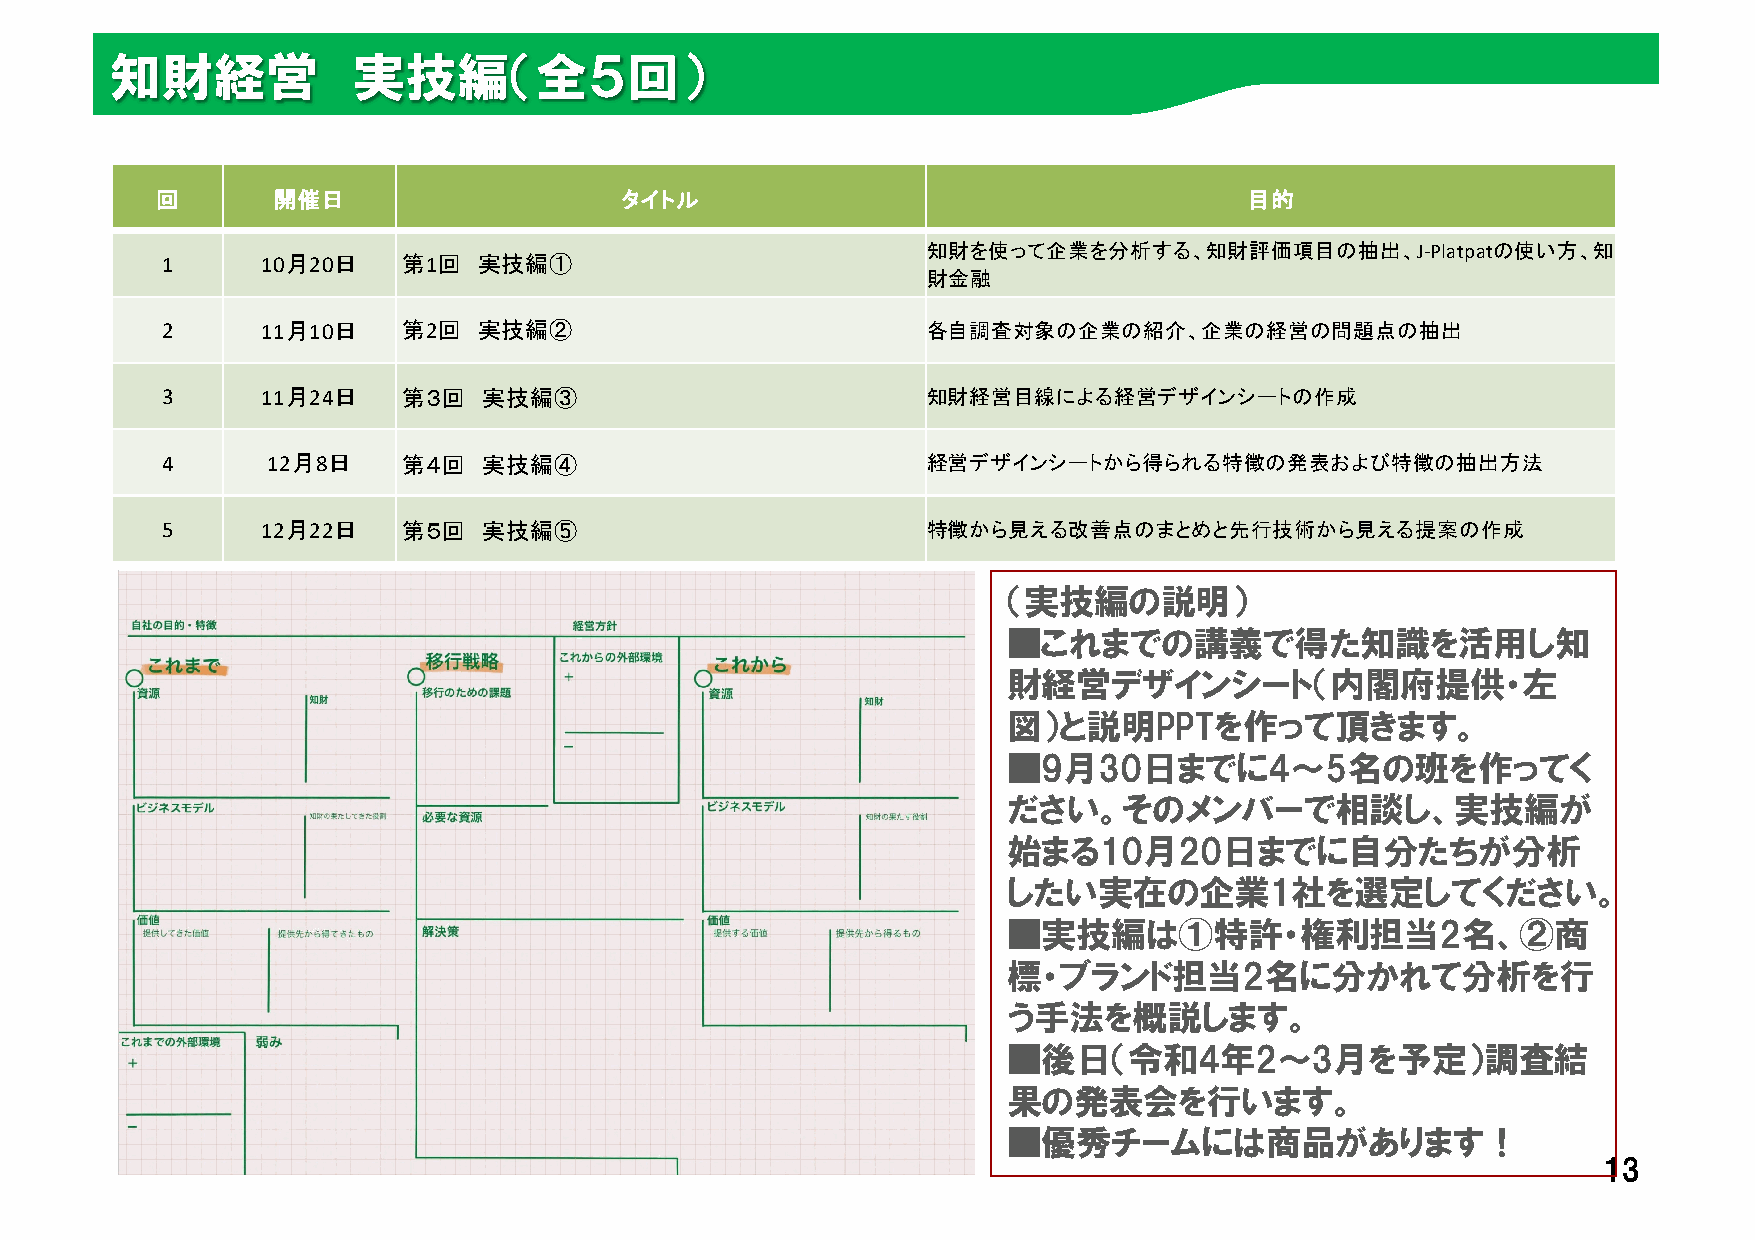
知財経営            実技編（全５回）
 回       開催日                    タイトル                                      目的
 知財を使って企業を分析する、知財評価項目の抽出、J-Platpatの使い方、知
 1     10月20日    第1回  実技編①
 財金融
 2     11月10日    第2回  実技編②                         各自調査対象の企業の紹介、企業の経営の問題点の抽出
 3     11月24日    第３回  実技編③                         知財経営目線による経営デザインシートの作成
 4      12月8日    第４回  実技編④                         経営デザインシートから得られる特徴の発表および特徴の抽出方法
 5     12月22日    第５回  実技編⑤                         特徴から見える改善点のまとめと先行技術から見える提案の作成
 （実技編の説明）
 ■これまでの講義で得た知識を活用し知
 財経営デザインシート（内閣府提供・左
 図）と説明PPTを作って頂きます。
 ■9月30日までに4～5名の班を作ってく
 ださい。そのメンバーで相談し、実技編が
 始まる10月20日までに自分たちが分析
 したい実在の企業1社を選定してください。
 ■実技編は①特許・権利担当2名、②商
 標・ブランド担当2名に分かれて分析を行
 う手法を概説します。
 ■後日（令和4年2～3月を予定）調査結
 果の発表会を行います。
 ■優秀チームには商品があります！
 13